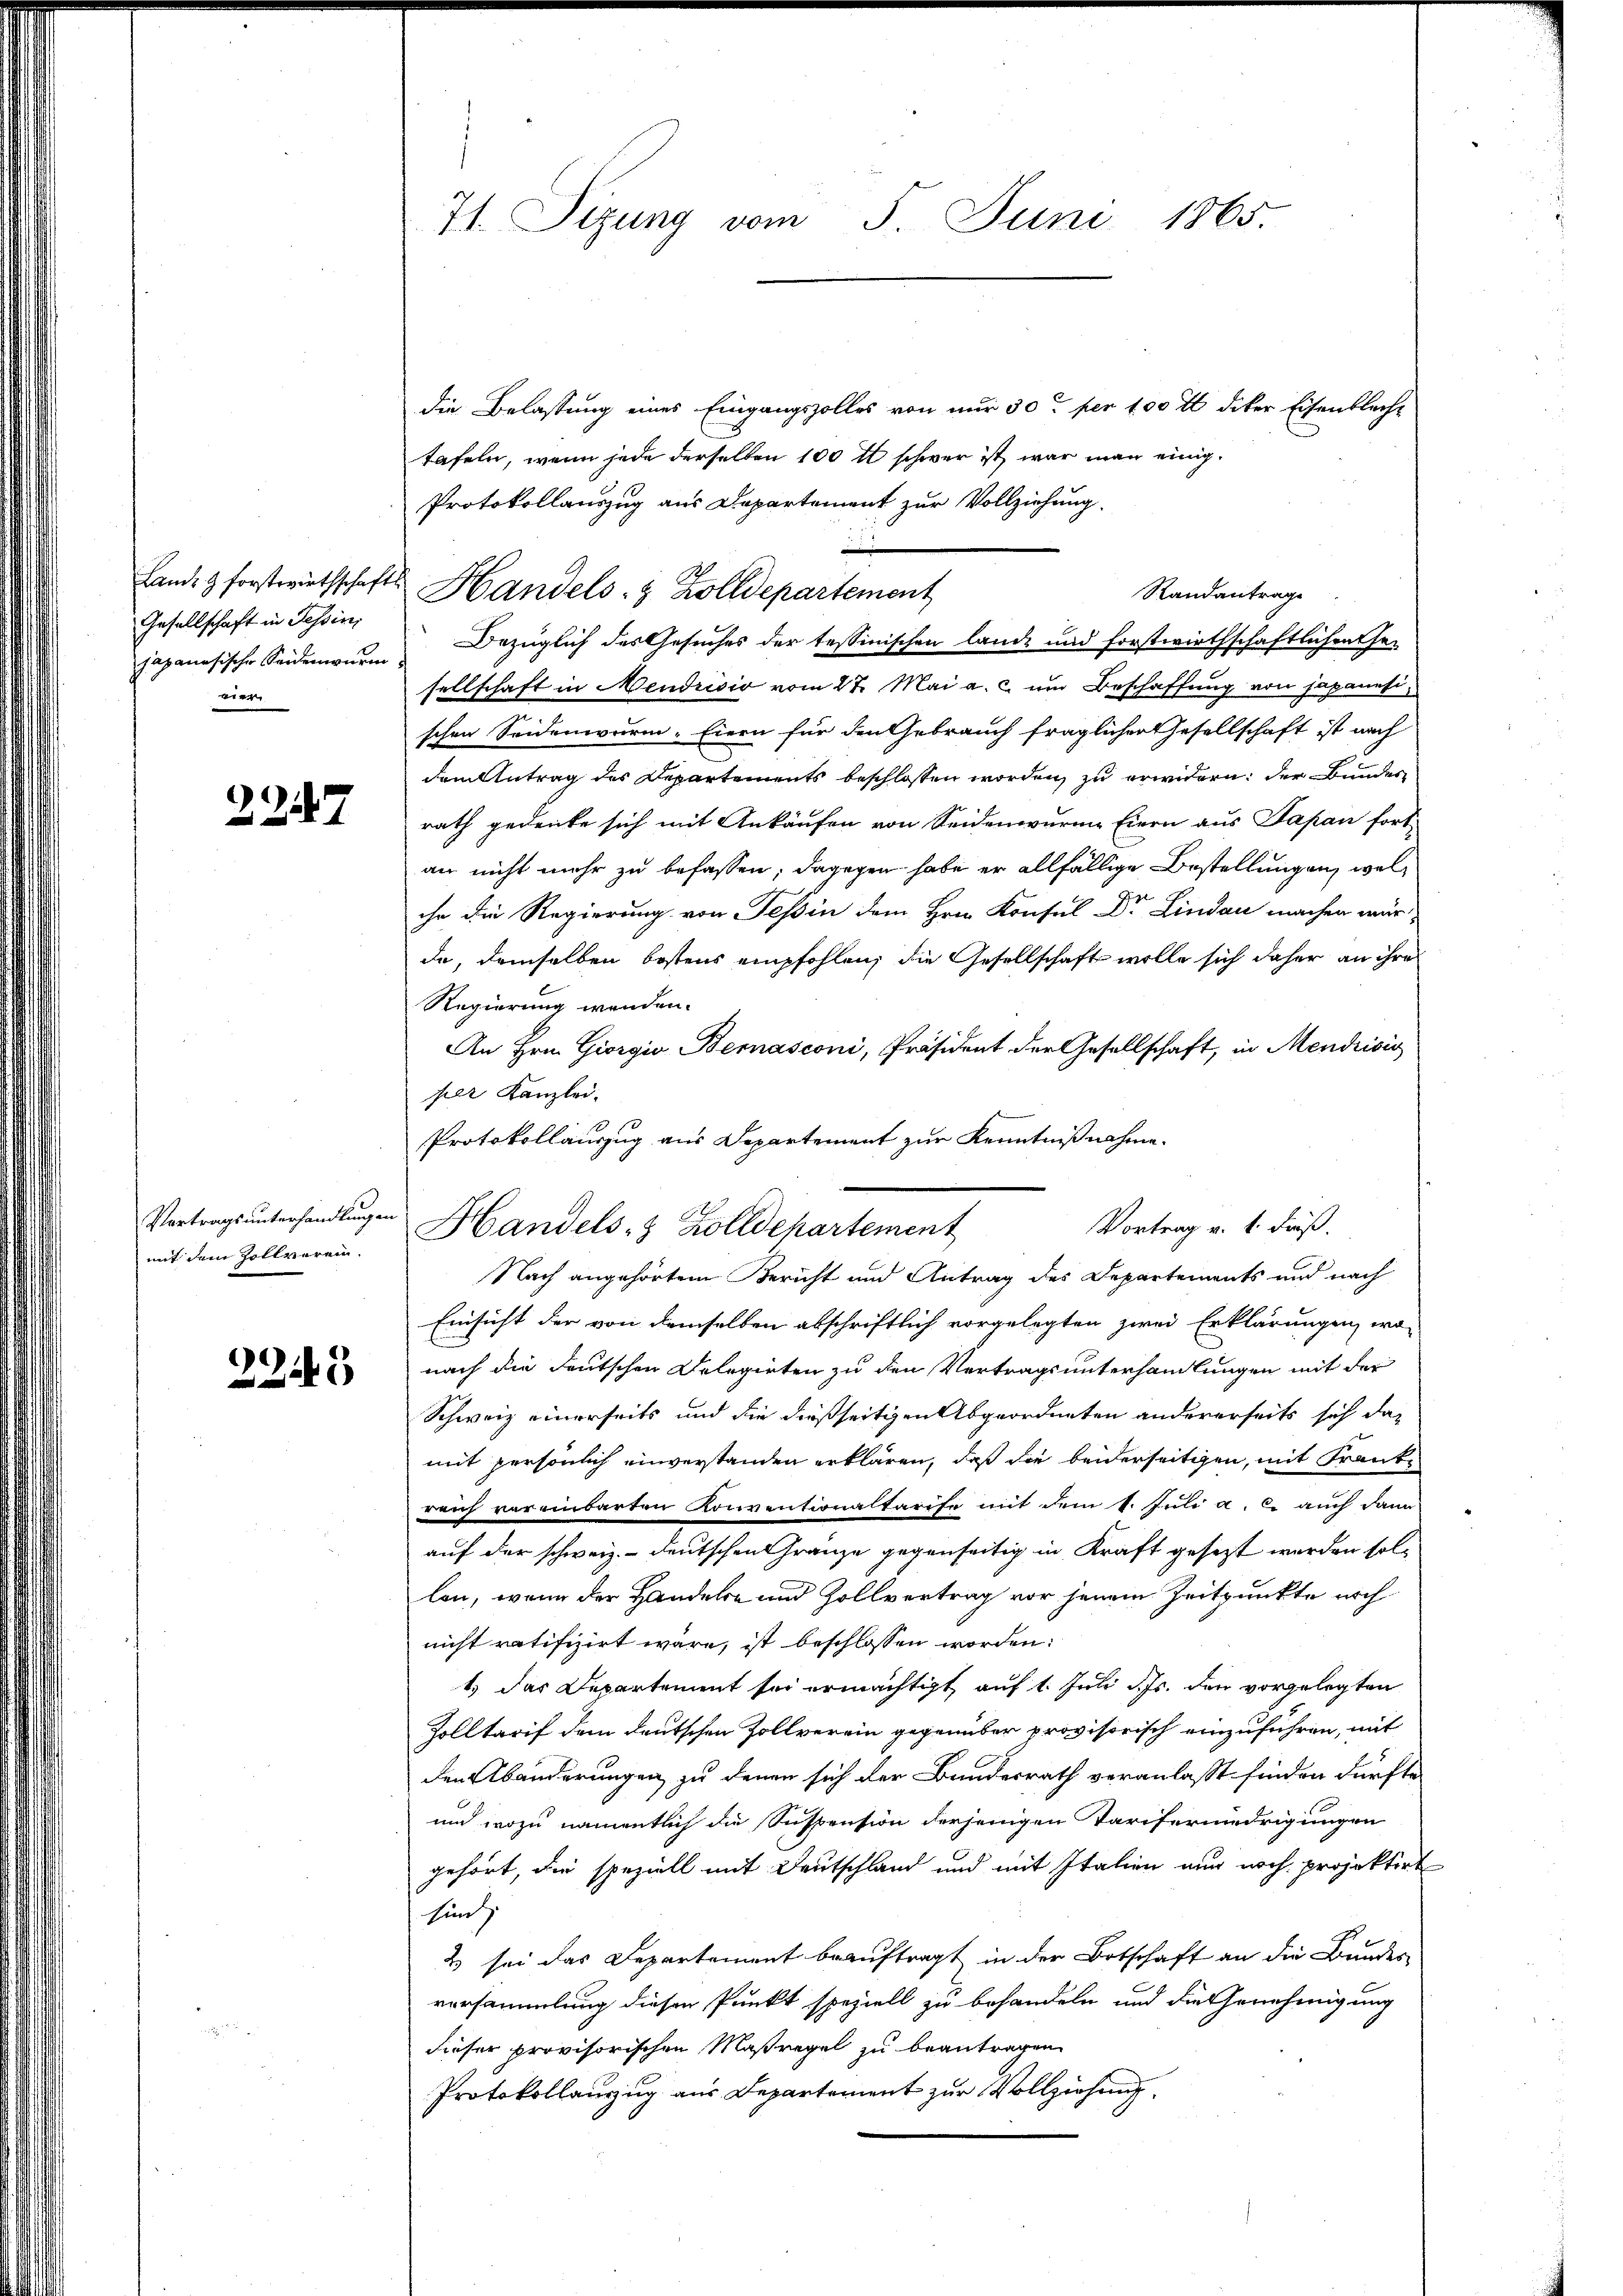
Lande & forstwirthschaft
Gesellschaft in Tessini
japanesische Seidenwurm
vier

2247

Vortragsunterhandlungen
mit dem Zollverein.

2345

71. Sizung vom 5. Juni 1865.

die Belastung eines Eingangszolles von nur 30t per 100 fl diker Eisenblecht
tafeln, wenn jede derselben 100 fl schwer ist, war man einig¬
Protokollauszug aus Departement zur Vollziehung.
Handels- & Zolldepartement
Bezüglich des Gesuches der tessinischen lande und forstwirthschaftlichen Ge-
sellschaft in Wendrisis vom 27. Mai a. c. um Beschaffung von japanesischen Seidenwurm- Eiern für den Gebrauch fraglichen Gesellschaft ist nach
dem Antrag des Departements beschlossen worden, zu erwidern: der Bunder
rath gedenke sich mit Ankaufen von Seidenwurme Eiern aus Sapan fortan nicht mehr zu befassen; dagegen habe er allfällige Bestellungen, welihr die Regierung von Tessin dem Hrn. Konsul Dr Lindau machen wür-
da, demselben bestens empfohlen, die Gesellschaft wolle sich daher an ihres
Regierung wenden.
An Hrn. Giorgio Bernasconi, Präsident der Gesellschaft, in Mendrisis
per Kanzlei.
Protokollauszug aus Departement zur Kenntnißnahme.
Nach angehörtem Bericht und Antrag des Departements und nach
Einsicht der von demselben abschriftlich vorgelegten zwei Erklärungen, wo
nach die deutschen Delegirten zu den Vertragsunterhandlungen mit der
Schweiz einerseits und die dießseitigen Abgeordneten andererseits sich das
mit persönlich einverstanden erklären, daß die beiderseitigen, mit Frankreich voreinbarten Konventionaltarife mit dem 1. Juli a. c. auch dann
auf der schweiz. - deutschen Gränze gegenseitig in Kraft gesezt werden sollen, wenn der Handeln und Zollvertrag vor jenem Zeitpunkte nich
nicht ratifizirt wäre, ist beschlossen worden:
1.) Das Departement sei ermächtigt, auf 1. Juli d. Js. den vorgelegten
Zolltarif dem deutschen Zollverein gegenüber provisorisch einzuführen, mit
den Abänderungen zu denen sich der Bundesrath veranlasst finden dürfte
und wozu namentlich die Suspension derjenigen Tariferniedrigungen
gehört, die speziell mit Deutschland und mit Italien nur noch projektirt
Ein
& sei das Separtement beauftragt in der Botschaft an die Bundes
versammlung diesen Punkt speziell zu behandeln und die Genehmigung
dieser provisorischen Maßregel zu beantragen
Protokollanzug aus Departement zur Vollziehung

Standantrage

Vortrag v. 1. Fuß.
Handels- & Zolldepartement